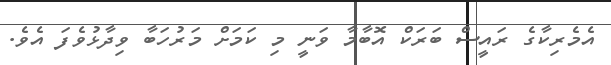
އެމެރިކާގެ ރައީސް ބަރަކް އޮބާމާ ވަނީ މި ކަމަށް މަރުހަބާ ވިދާޅުވެފަ އެވެ.